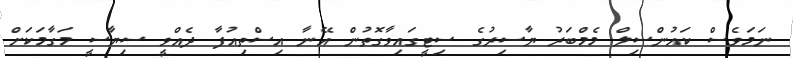
ނަމަވެސް ކައުންސިލް މެމްބަރު ޔާސިރުގެ ސިޓީގައިވާގޮތުން އޭނާ އިސްތިއުފާ ދެއްވީ ސިޔާސީ މަގާމަކަށް